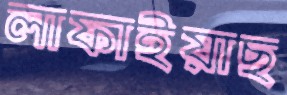
লাফাইয়াছ